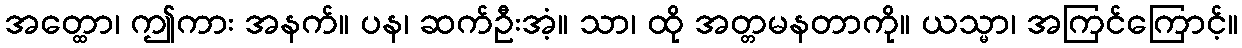
အတ္ထော၊ ဤကား အနက်။ ပန၊ ဆက်ဦးအံ့။ သာ၊ ထို အတ္တမနတာကို။ ယသ္မာ၊ အကြင်ကြောင့်။